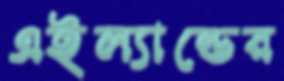
এইল্যান্ডের